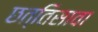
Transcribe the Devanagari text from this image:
छत्तिसावा